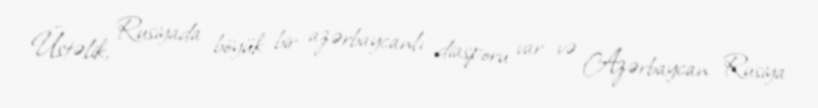
Üstəlik, Rusiyada böyük bir azərbaycanlı diasporu var və Azərbaycan Rusiya